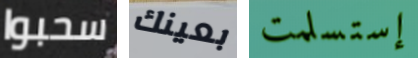
سحبوا بعينك إستسلمت